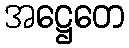
အဋ္ဌေတေ